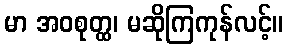
မာ အဝစုတ္ထ၊ မဆိုကြကုန်လင့်။